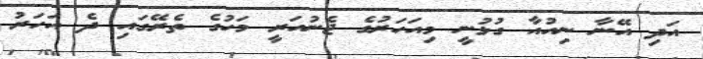
އަދި އޭނާ ނިއުއާ ގުޅުނީ މިއަހަރުގެ ޖެނުއަރީ މަހުގެ ތެރޭގައި ދެ އަހަރު